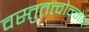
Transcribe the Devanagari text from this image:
वस्तुतत्त्वोन्मेष